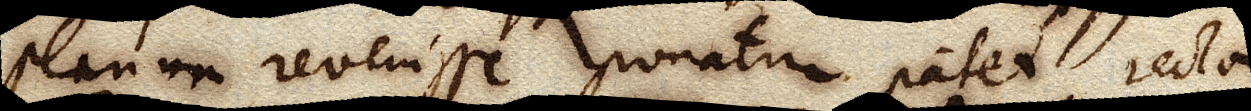
planum revenisse ponatur patet rectam